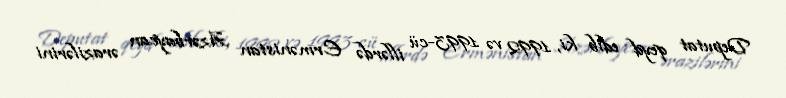
Deputat qeyd edib ki, 1992 və 1993-cü illərdə Ermənistan Azərbaycan ərazilərini